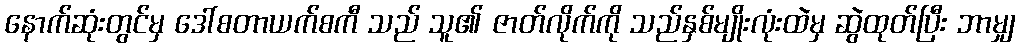
နောက်ဆုံးတွင်မှ ဒေါ်စတာယက်စကီ သည် သူ၏ ဇာတ်လိုက်ကို သည်နှစ်မျိုးလုံးထဲမှ ဆွဲထုတ်ပြီး ဘာမျှ